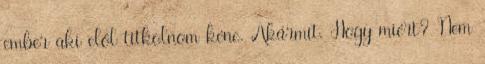
ember aki elől titkolnom kéne. Akármit. Hogy miért? Nem